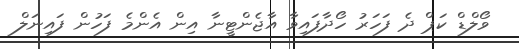
ވޯލްޑް ކަޕް ދެ ފަހަރު ހޯދާފައިވާ އާޖެންޓީނާ އިން އެންމެ ފަހުން ފައިނަލް